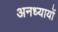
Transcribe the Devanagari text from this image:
अनध्यायों